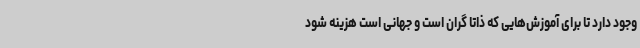
وجود دارد تا برای آموزش‌هایی که ذاتا گران است و جهانی است هزینه شود